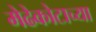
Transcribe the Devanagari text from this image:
मेढेकोटाच्या